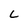
Character: L